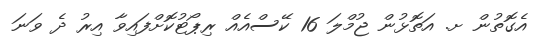
އެގޮތުން ށ. އަތޮޅުން ޖުމްލަ 16 ކޭސްއެއް ރިޕޯޓުކޮށްފައިވާ އިރު ދެ ވަނަ